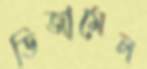
ডিজামেল